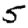
Digit: 5